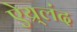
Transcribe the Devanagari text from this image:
ऐय्र्लंद